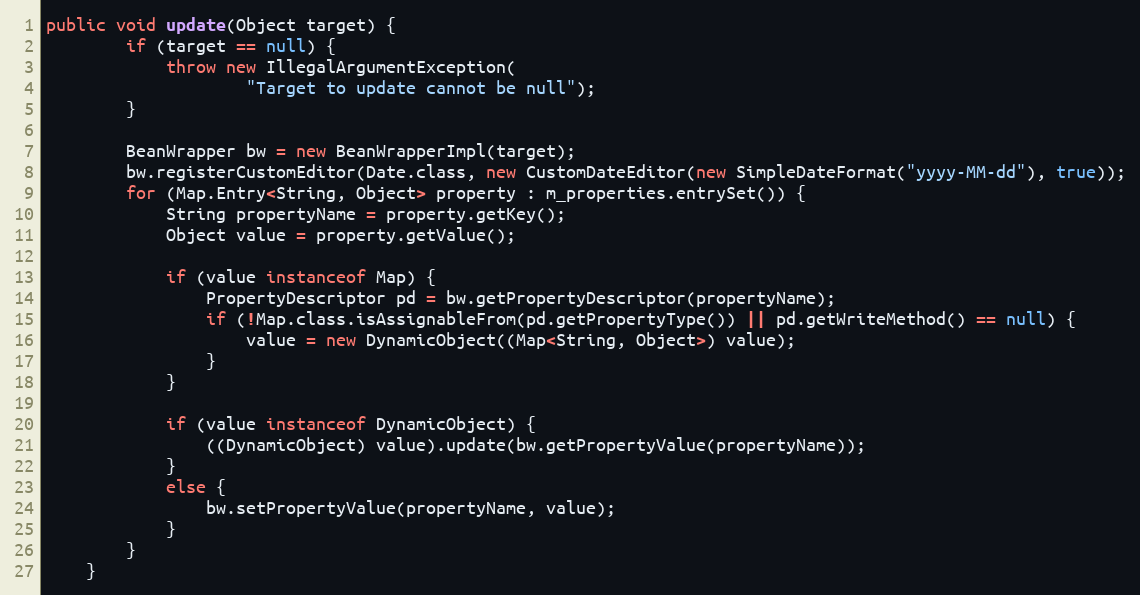
Language: Java
public void update(Object target) {
        if (target == null) {
            throw new IllegalArgumentException(
                    "Target to update cannot be null");
        }

        BeanWrapper bw = new BeanWrapperImpl(target);
        bw.registerCustomEditor(Date.class, new CustomDateEditor(new SimpleDateFormat("yyyy-MM-dd"), true));
        for (Map.Entry<String, Object> property : m_properties.entrySet()) {
            String propertyName = property.getKey();
            Object value = property.getValue();

            if (value instanceof Map) {
                PropertyDescriptor pd = bw.getPropertyDescriptor(propertyName);
                if (!Map.class.isAssignableFrom(pd.getPropertyType()) || pd.getWriteMethod() == null) {
                    value = new DynamicObject((Map<String, Object>) value);
                }
            }

            if (value instanceof DynamicObject) {
                ((DynamicObject) value).update(bw.getPropertyValue(propertyName));
            }
            else {
                bw.setPropertyValue(propertyName, value);
            }
        }
    }